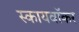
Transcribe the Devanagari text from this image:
स्कायवॉकर